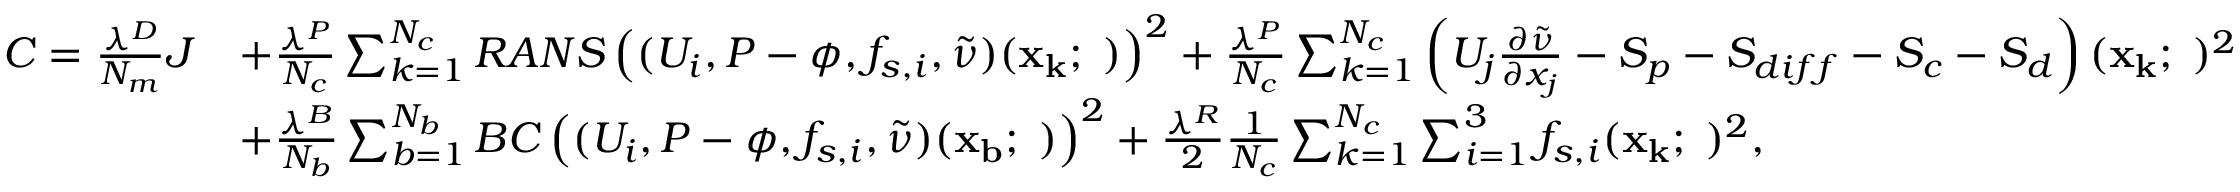
\begin{array} { r l } { C = \frac { \lambda ^ { D } } { N _ { m } } J } & { + \frac { \lambda ^ { P } } { N _ { c } } \sum _ { k = 1 } ^ { N _ { c } } R A N S \left( ( U _ { i } , P - \phi , f _ { s , i } , \tilde { \nu } ) ( \mathbf { x _ { k } ; \theta } ) \right) ^ { 2 } + \frac { \lambda ^ { P } } { N _ { c } } \sum _ { k = 1 } ^ { N _ { c } } \left( U _ { j } \frac { \partial \tilde { \nu } } { \partial x _ { j } } - S _ { p } - S _ { d i f f } - S _ { c } - S _ { d } \right) ( \mathbf { x _ { k } ; \theta } ) ^ { 2 } } \\ & { + \frac { \lambda ^ { B } } { N _ { b } } \sum _ { b = 1 } ^ { N _ { b } } B C \left( ( U _ { i } , P - \phi , f _ { s , i } , \tilde { \nu } ) ( \mathbf { x _ { b } ; \theta } ) \right) ^ { 2 } + \frac { \lambda ^ { R } } { 2 } \frac { 1 } { N _ { c } } \sum _ { k = 1 } ^ { N _ { c } } \sum _ { i = 1 } ^ { 3 } f _ { s , i } ( \mathbf { x _ { k } ; \theta } ) ^ { 2 } , } \end{array}